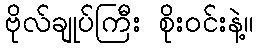
ဗိုလ်ချုပ်ကြီး စိုးဝင်းနဲ့။